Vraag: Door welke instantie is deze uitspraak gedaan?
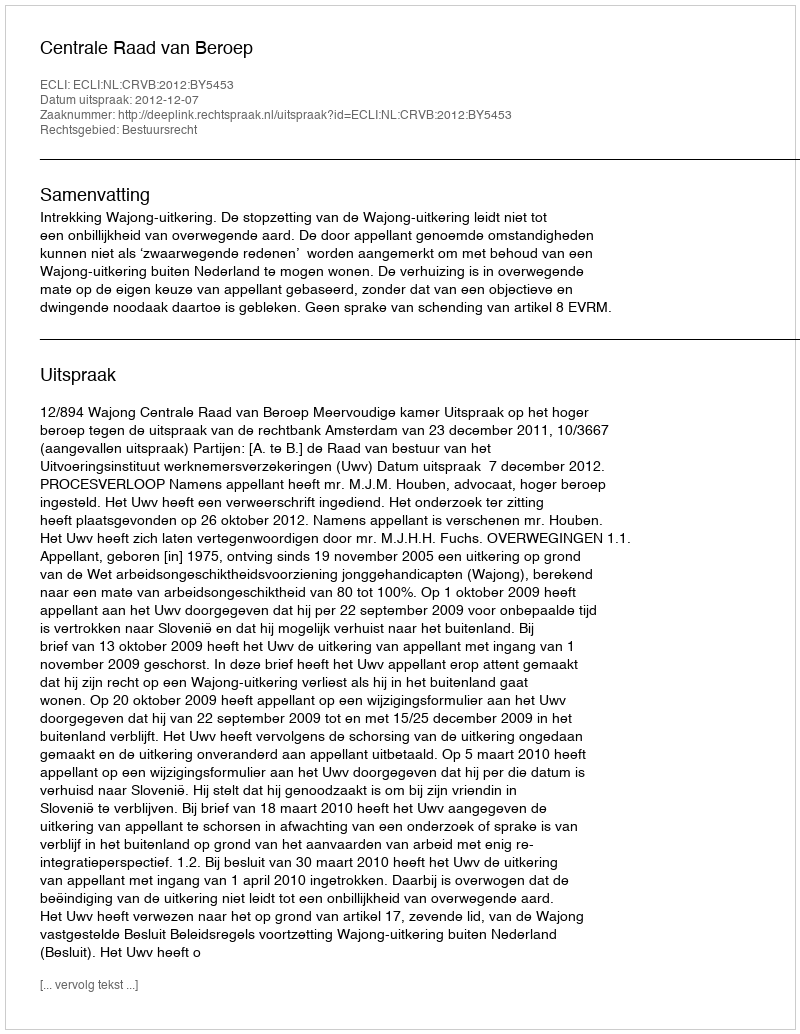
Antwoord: Centrale Raad van Beroep